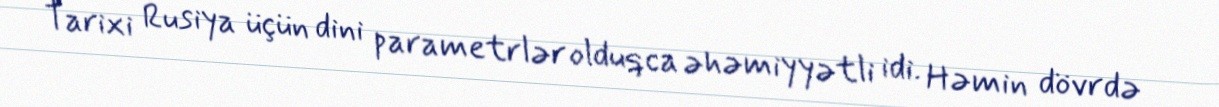
Tarixi Rusiya üçün dini parametrlər olduqca əhəmiyyətli idi. Həmin dövrdə